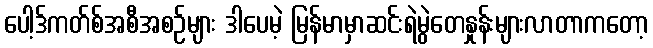
ပေါ့ဒ်ကတ်စ်အစီအစဉ်များ ဒါပေမဲ့ မြန်မာမှာဆင်းရဲမွဲတေနှုန်းများလာတာကတော့